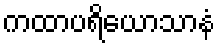
ကထာပရိယောသာနံ